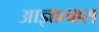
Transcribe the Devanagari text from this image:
आज्ञात्वास